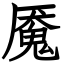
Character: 魇